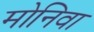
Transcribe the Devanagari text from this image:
मोनिवा